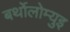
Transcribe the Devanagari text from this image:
बर्थोलोम्युइ